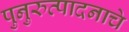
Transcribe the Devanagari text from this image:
पुनुरुत्पादनाचे